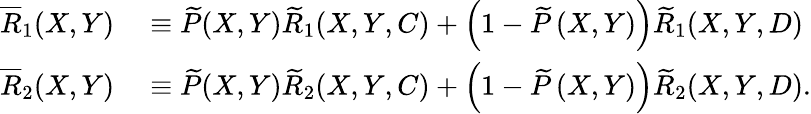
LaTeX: \begin{array}{rl}{\overline{{R}}_{1}(X,Y)}&{{}\equiv\widetilde{P}(X,Y)\widetilde{R}_{1}(X,Y,C)+\left(1-\widetilde{P}\left(X,Y\right)\right)\widetilde{R}_{1}(X,Y,D)}\\ {\overline{{R}}_{2}(X,Y)}&{{}\equiv\widetilde{P}(X,Y)\widetilde{R}_{2}(X,Y,C)+\left(1-\widetilde{P}\left(X,Y\right)\right)\widetilde{R}_{2}(X,Y,D).}\end{array}